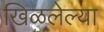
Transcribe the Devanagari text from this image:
खिळलेल्या